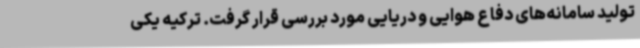
تولید سامانه‌های دفاع هوایی و دریایی مورد بررسی قرار گرفت. ترکیه یکی